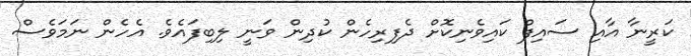
ކަރީނާ އާއި ސައިފް ކައިވެނިކޮށް ދެފިރިހެން ކުދިން ވަނީ ލިބިފައެވެ. އެހެން ނަމަވެސް